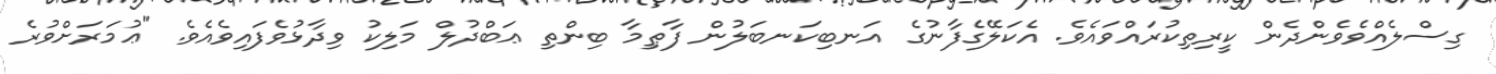
ގިސްލެއްވެވެންދެން ކީރިތިކުރައްވައެވެ. އެކަލޭގެފާނުގެ އަނބިކަނބަލުން ފާޠިމާ ބިންތި ޢަބްދުލް މަލިކު ވިދާޅުވެފައިވެއެވެ. "ޢުމަރަށްވުރެ